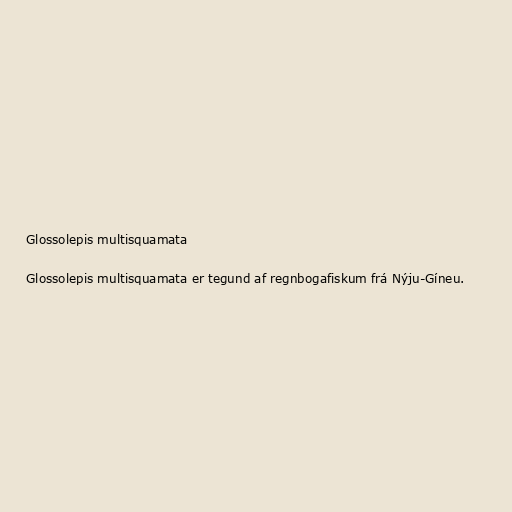
Glossolepis multisquamata

Glossolepis multisquamata er tegund af regnbogafiskum frá Nýju-Gíneu.